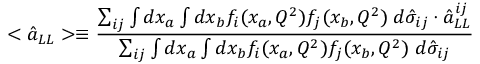
< \hat { a } _ { L L } > \equiv \frac { \sum _ { i j } \int d x _ { a } \int d x _ { b } f _ { i } ( x _ { a } , Q ^ { 2 } ) f _ { j } ( x _ { b } , Q ^ { 2 } ) \; d \hat { \sigma } _ { i j } \cdot \hat { a } _ { L L } ^ { i j } } { \sum _ { i j } \int d x _ { a } \int d x _ { b } f _ { i } ( x _ { a } , Q ^ { 2 } ) f _ { j } ( x _ { b } , Q ^ { 2 } ) \; d \hat { \sigma } _ { i j } }